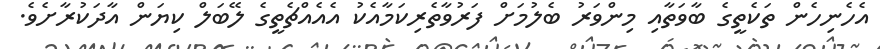
އެހެނިހެން ތަކެތީގެ ބާވަތާއި މިންވަރު ބެލުމަށް ފަރުވާތެރިކަމާއެކު އެއެއްޗެތީގެ ލޭބަލް ކިޔަން އާދަކުރާށެވެ.